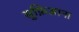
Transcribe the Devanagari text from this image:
सुफ़िआना